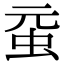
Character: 𧉗